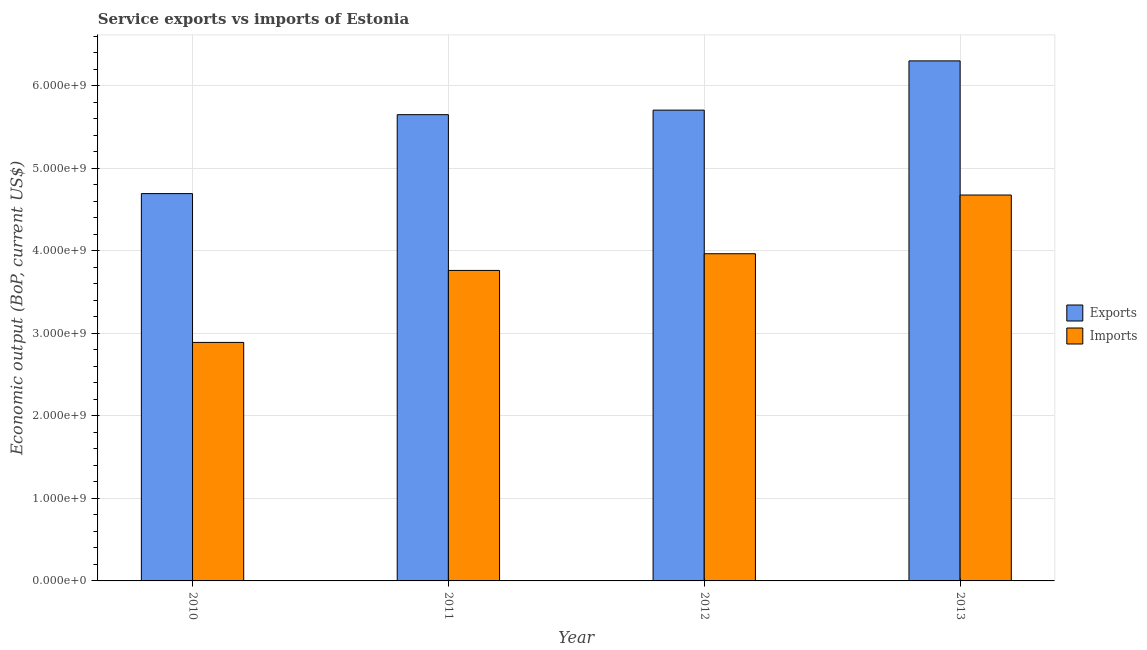
| Year | Exports | Imports |
 | --- | --- | --- |
 | 2010 | 4.69e+09 | 2.89e+09 |
 | 2011 | 5.65e+09 | 3.76e+09 |
 | 2012 | 5.71e+09 | 3.96e+09 |
 | 2013 | 6.3e+09 | 4.68e+09 |